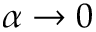
\alpha \to 0